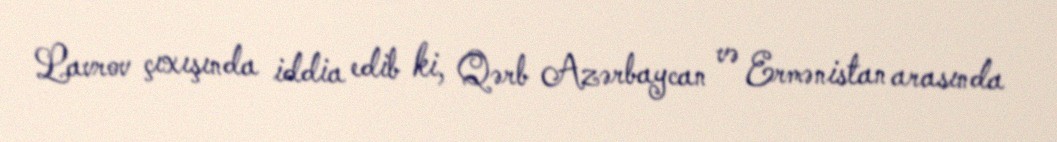
Lavrov çıxışında iddia edib ki, Qərb Azərbaycan və Ermənistan arasında